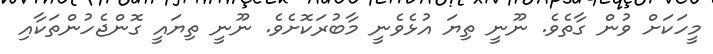
މީހަކަށް ވުން ގާތެވެ. ނޫނީ ތިޔަ އުޅެވެނީ މާބުރަކޮށެވެ. ނޫނީ ތިޔައީ ގޮންޖެހުންތަކާއި